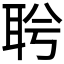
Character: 𦕞